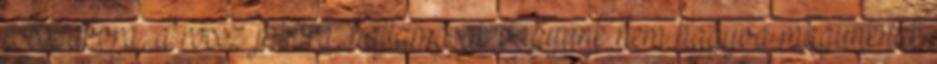
rosszabbra, a rossz jobbra, hajlamosak vagyunk nem hagyva magunknak